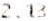
2.13